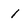
Character: 1